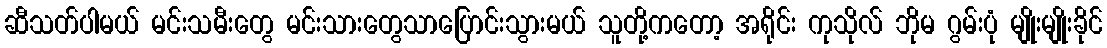
ဆီသတ်ပါမယ် မင်းသမီးတွေ မင်းသားတွေသာပြောင်းသွားမယ် သူတို့ကတော့ အရိုင်း ကုသိုလ် ဘိုမ ဂွမ်းပုံ မျိုးမျိုးခိုင်